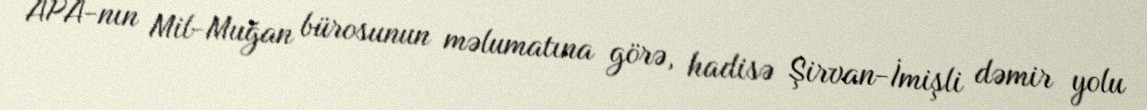
APA-nın Mil-Muğan bürosunun məlumatına görə, hadisə Şirvan-İmişli dəmir yolu